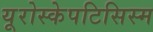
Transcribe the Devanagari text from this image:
यूरोस्केपटिसिस्म